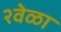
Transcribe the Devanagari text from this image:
२वेळा